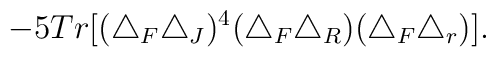
-5Tr[(\triangle_F\triangle_J)^4(\triangle_F\triangle_R)(\triangle_F\triangle_r)].